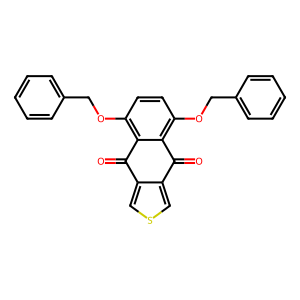
SMILES: O=C1c2cscc2C(=O)c2c(OCc3ccccc3)ccc(OCc3ccccc3)c21
Inhibits HIV replication: No